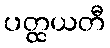
ပတ္ထယတီ